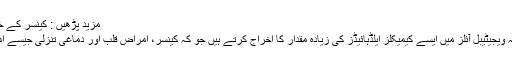
مزید پڑھیں : کینسر کے خطرات کم کرنے والی غذائیں
سائنسدانوں نے دریافت کیا کہ ویجیٹیبل آئلز میں ایسے کیمیکلز ایلڈہائیڈز کی زیادہ مقدار کا اخراج کرتے ہیں جو کہ کینسر، امراض قلب اور دماغی تنزلی جیسے امراض سے تعلق رکھتے ہیں۔